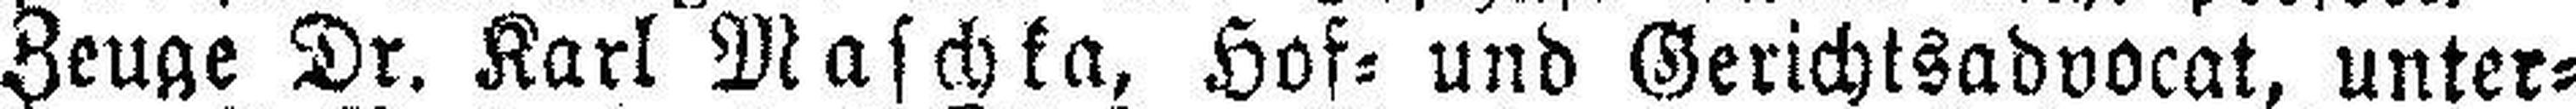
Zeuge Dr. Karl Maschka, Hof= und Gerichtsadvocat, unter¬